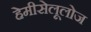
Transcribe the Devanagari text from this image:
हेमीसेलूलोज